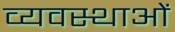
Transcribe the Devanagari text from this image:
व्यवस्थाआें